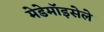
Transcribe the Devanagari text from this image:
मेडेमॉइसेले